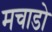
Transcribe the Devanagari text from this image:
मचाडो